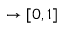
\rightarrow [ 0 , 1 ]